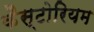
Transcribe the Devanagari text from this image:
कैस्टोरियम